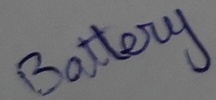
Text: Battery